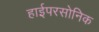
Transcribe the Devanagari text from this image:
हाईपरसोनिक